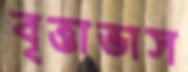
বৃত্তাভাস